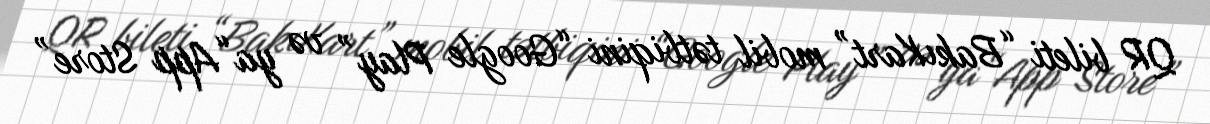
QR bileti “BakıKart” mobil tətbiqini “Google Play” və ya“App Store”